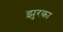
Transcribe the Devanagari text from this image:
झुरका